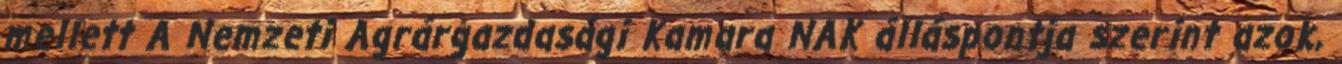
mellett A Nemzeti Agrárgazdasági Kamara NAK álláspontja szerint azok,